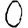
Digit: 0